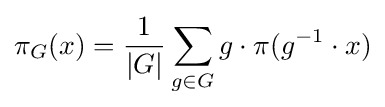
\pi _{G}(x)={\frac {1}{|G|}}\sum _{g\in G}g\cdot \pi (g^{-1}\cdot x)